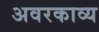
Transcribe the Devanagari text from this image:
अवरकाव्य